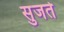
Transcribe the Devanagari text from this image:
सुजते